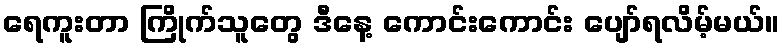
ရေကူးတာ ကြိုက်သူတွေ ဒီနေ့ ကောင်းကောင်း ပျော်ရလိမ့်မယ်။